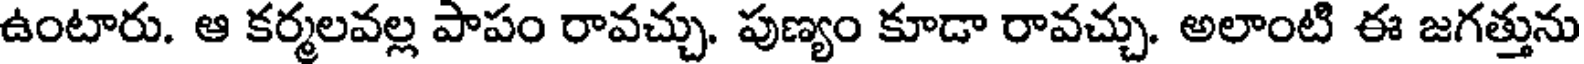
ఉంటారు. ఆ కర్మలవల్ల పాపం రావచ్చు. పుణ్యం కూడా రావచ్చు. అలాంటి ఈ జగత్తును